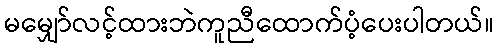
မမျှော်လင့်ထားဘဲကူညီထောက်ပံ့ပေးပါတယ်။